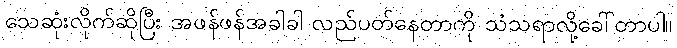
သေဆုံးလိုက်ဆိုပြီး အဖန်ဖန်အခါခါ လည်ပတ်နေတာကို သံသရာလို့ခေါ်တာပါ။